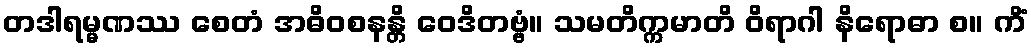
တဒါရမ္မဏဿ စေတံ အဓိဝစနန္တိ ဝေဒိတဗ္ဗံ။ သမတိက္ကမာတိ ဝိရာဂါ နိရောဓာ စ။ ကိံ